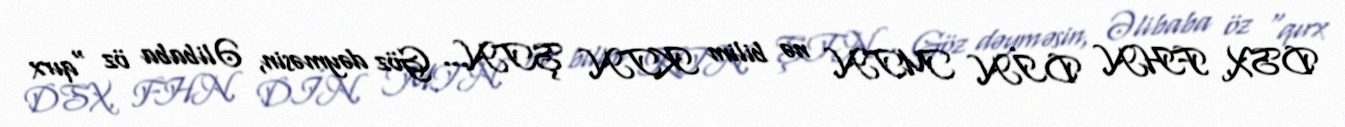
DSX, FHN, DİN, MTN, nə bilim KTN, ŞTN... Göz dəyməsin, Əlibaba öz “qırx